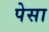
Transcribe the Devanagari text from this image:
पेसा